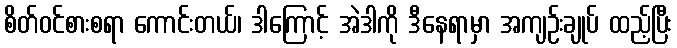
စိတ်ဝင်စားစရာ ကောင်းတယ်၊ ဒါကြောင့် အဲဒါကို ဒီနေရာမှာ အကျဉ်းချုပ် ထည့်ပြီး